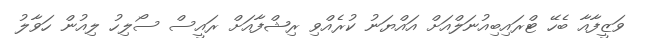
ވަޒީފާއާ ބެހޭ ޓްރައިބިއުނަލްއަށް އައްޔަނު ކުރެއްވި ރިޝްފާއަށް ރައީސް ސޯލިހު ލިއުން ހަވާލު